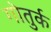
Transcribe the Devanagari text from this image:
गोतुर्क